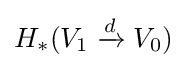
H_{*}(V_{1}\xrightarrow {d} V_{0})